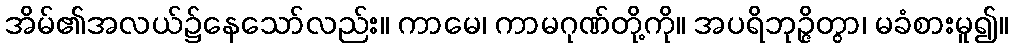
အိမ်၏အလယ်၌နေသော်လည်း။ ကာမေ၊ ကာမဂုဏ်တို့ကို။ အပရိဘုဉ္ဇိတွာ၊ မခံစားမူ၍။